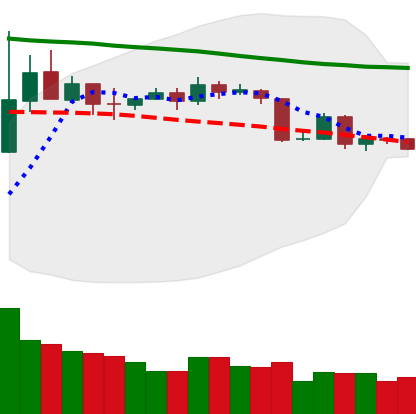
Ticker: BTC-USD
Chart end date: 2019-11-14
Forward return: -5.764%
Label: down_5_7